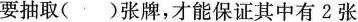
要抽取()张牌，才能保证其中有2张